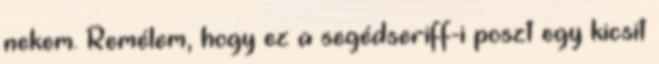
nekem. Remélem, hogy ez a segédseriff-i poszt egy kicsit